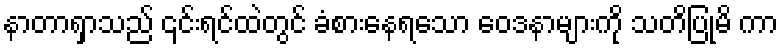
နာတာရှာသည် ၎င်းရင်ထဲတွင် ခံစားနေရသော ဝေဒနာများကို သတိပြုမိ ကာ